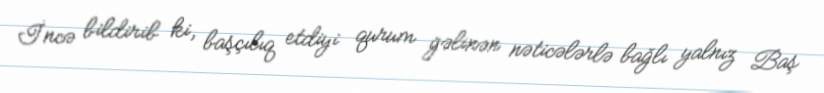
İncə bildirib ki, başçılıq etdiyi qurum gəlinən nəticələrlə bağlı yalnız Baş